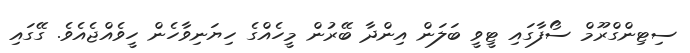
ސިޓިންގްރޫމް ސޯފާގައި ޓީވީ ބަލަން އިންދާ ބޭރުން މީހެއްގެ ހިޔަނިވާހެން ހީވެއްޖެއެވެ. ގޭގައި